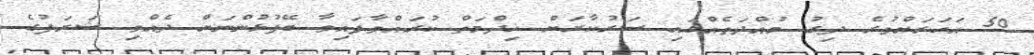
50 އަހަރަށްވުރެ ދިގު މުއްދަތެއްގައި ސަރުކާރަށް ޚިދްމަތް ކުރައްވާފައިވާ ބޭފުޅުންނަށް ދެއްވި ޝަރަފުގެ